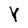
Character: Y